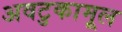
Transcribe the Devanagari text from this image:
अवटुकामूल